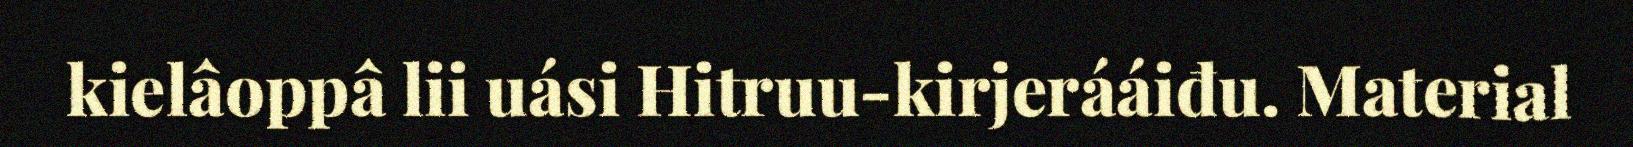
kielâoppâ lii uási Hitruu-kirjerááiđu. Material